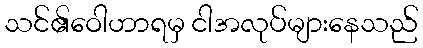
သင်၏ဝေါဟာရမှ ငါအလုပ်များနေသည်